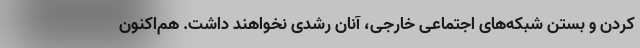
کردن و بستن شبکه‌های اجتماعی خارجی، آنان رشدی نخواهند داشت. هم‌اکنون